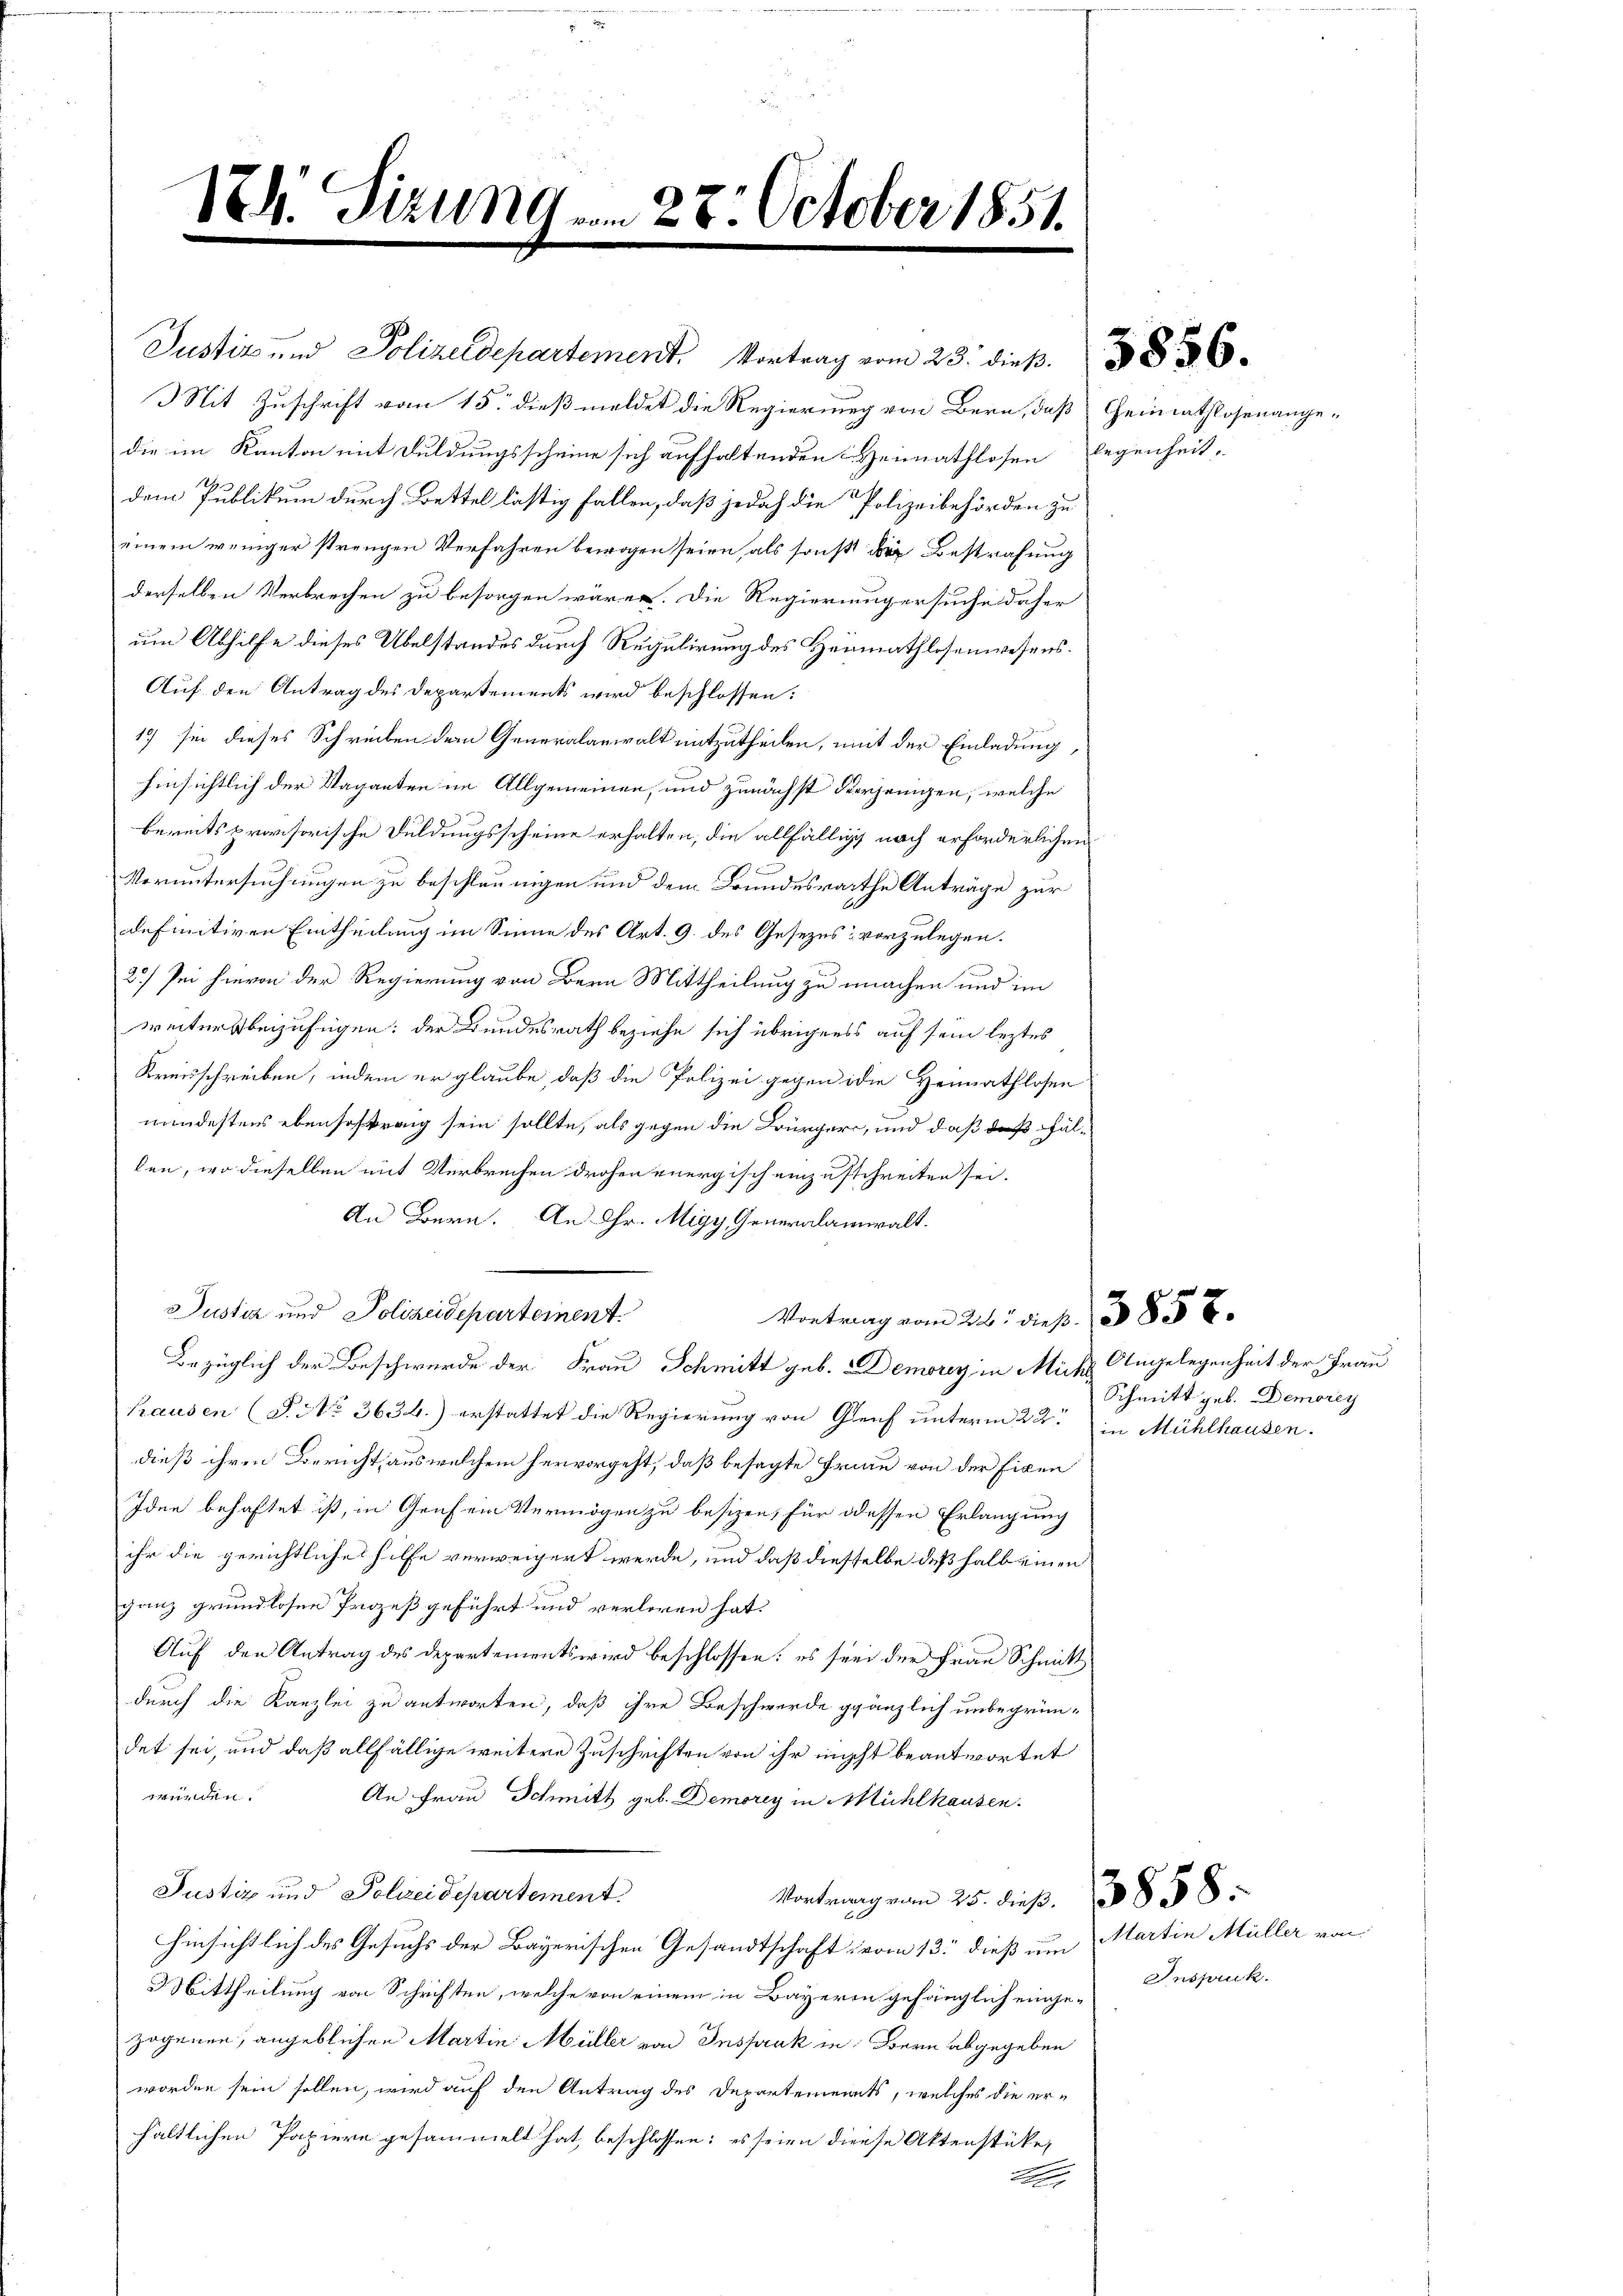
174. Sizung vom 28. October 1851.

Justiz und Polizeidepartement. Vortrag vom 23. dieß. 36
Mit Zuschrift vom 15. dieß meldet die Regierung von Bern, daß Heimathlosenangedie im Kanton mit Duldungsscheine sich aufhaltenden Heimathlosen legenheit,
dem Publikum durch Bettel lästig fallen, daß jedoch die Polizeibehörden zu

einem weniger strengen Verfahren bewogen seien, als sonst die Bestrafung
derselben Verbrechen zu besorgen wären. Die Regierung ersuche daher
um Abhilfe dieses Übelstandes durch Regulirung des Heimathlosenwesens.
Auf den Antrag des Departements wird beschlossen:
19) sie dieses Schreiben dem Generalanwalt mitzutheilen, mit der Einladung,
hinsichtlich der Vaganten im Allgemeinen, und zunächst derjenigen, welche
bereits provisorische Duldungsscheine erhalten, die allfällig nach erforderlichen
Voruntersuchungen zu beschleunigen und dem Grundesrathe Anträge zur
definitiven Eintheilung im Sinne des Art. 9. des Gesezes vorzulegen.
2.) Sei hievon der Regierung von Bern Mittheilung zu machen und im
weiters beizufügen; der Bundesrath beziehe sich übrigens auf sein leztes
Kreisschreiben, indem er glaube, daß die Polizei gegen die Heimathlosen
mindestens ebensostrang sein sollte, als gegen die Bürger, und daß daß Fällen, wo dieselben mit Verbrechen drohen energisch einzuschreiten sei.
An Bern. An Hr. Migy, Generalamwalt.
Justiz und Polizeidepartement.
Vortrag vom 26. dieß 1858.
Bezüglich der Beschwürde der Frau Schmitt geb. Demorey in Miche Angelegenheit der Frau
hausen (§. NNo. 3634.) erstattet die Regierung von Genf unterm 22. in Mühlhausen.
dieß ihren Bericht aus welchem hervorgeht, daß besagte Fraue von der Eigen
Idee behaftet ist, in Genf ein Vermögen zu besizen, für dessen Erlangung
ihr die gerichtliches hilfe verweigert werde, und daß diesselbe deßhalb einen
ganz grundlosen Prozeß geführt und verloren hat.
Auf den Antrag des Departements wird beschlossen: es sei der Frau Schmitt
durch die Kanzlei zu antworten, daß ihre Beschwerde gänzlich unbegründet sei, und daß allfällige weitere Zuschriften von ihr nicht beantwortet
n
An Frau Schmitt geb. Demorey in Mühlhausen.
Justiz und Polizei Departement.
Vortrag am 25. dieß. 858.
hinsichtlich des Gesuchs der Bayerischen Gesandtschaft vom 13. dieß um Martin Müller von
3. Mittheilung von Schriften, welche von einem in Bayerin gehänglich eingezogenen, angeblichen Martin Müller von Inspruk in Bern abgegeben
worden sein sollen, wird auf den Antrag des Departements, welches die erhältlichen Papiere gesammelt hat beschlossen: es seien diese Aktenstücke,

Schmitt geb. Demorey

Inspruck.